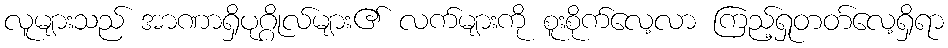
လူများသည် အာဏာရှိပုဂ္ဂိုလ်များ၏ လက်များကို စူးစိုက်လေ့လာ ကြည့်ရှုတတ်လေ့ရှိရာ